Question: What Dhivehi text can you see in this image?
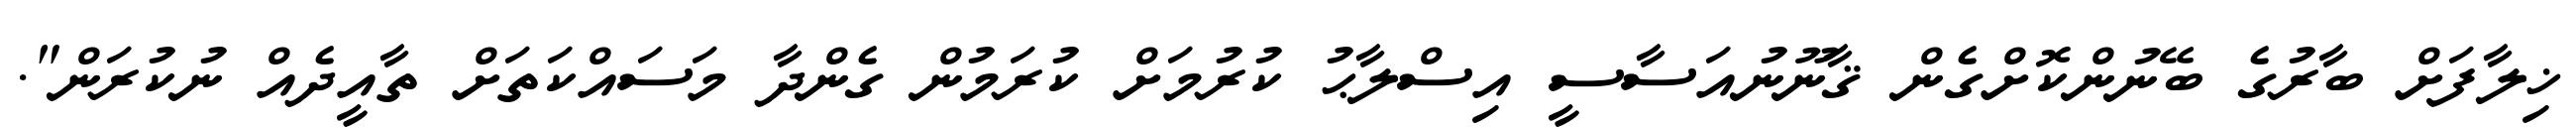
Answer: ޚިލާފަށް ބާރުގެ ބޭނުންކޮށްގެން ޤާނޫނުއަސާސީ އިސްލާޙު ކުރުމަށް ކުރަމުން ގެންދާ މަސައްކަތަށް ތާއީދެއް ނުކުރަން".